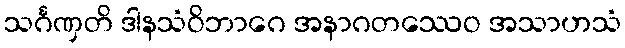
သင်္ဂဏှတိ ဒါနသံဝိဘာဂေ အနာဂတဿေဝ အသာဟသံ